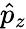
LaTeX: \hat{p}_{z}